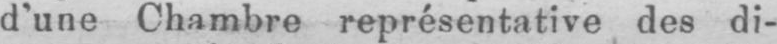
d’une Chambre représentative des di-